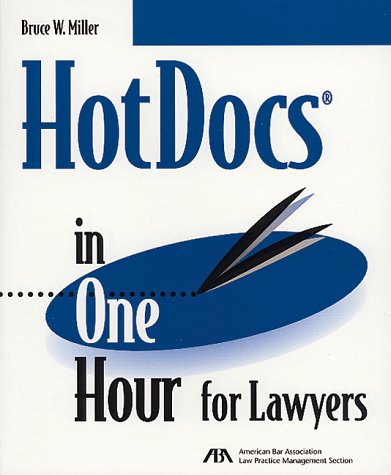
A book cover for Hotdocs in One Hour for Lawyers; Bruce W. Miller; Law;